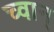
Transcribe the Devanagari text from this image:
च्वान्